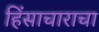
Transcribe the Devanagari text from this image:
हिंसाचाराचा